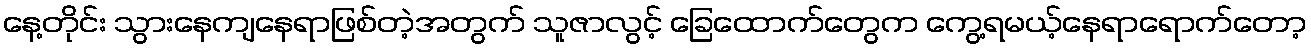
နေ့တိုင်း သွားနေကျနေရာဖြစ်တဲ့အတွက် သူဇာလွင့် ခြေထောက်တွေက ကွေ့ရမယ့်နေရာရောက်တော့